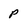
Character: P